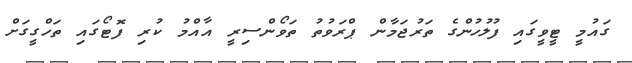
ގައުމީ ޓީވީގައި ފުލުހުންގެ ތަރުޖަމާން ޕްރަވުތު ތަވޯންސިރީ އާއްމުު ކުރި ފޮޓޯގައި ތަހްގީގަށް